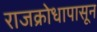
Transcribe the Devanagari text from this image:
राजक्रोधापासून